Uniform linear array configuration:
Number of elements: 16
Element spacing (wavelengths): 0.75
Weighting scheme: uniform
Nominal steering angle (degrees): -60
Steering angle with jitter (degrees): -60.748
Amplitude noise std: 0.05
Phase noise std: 0.05

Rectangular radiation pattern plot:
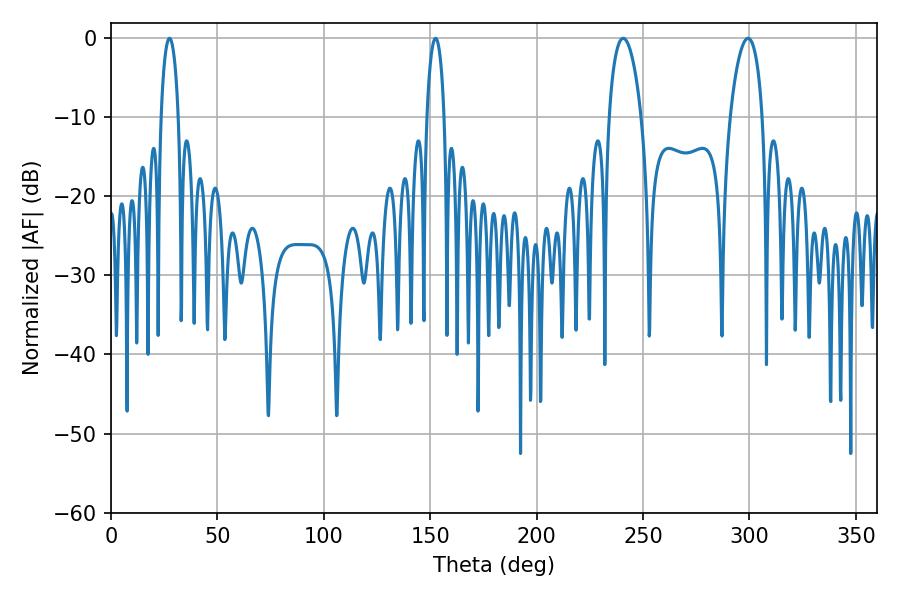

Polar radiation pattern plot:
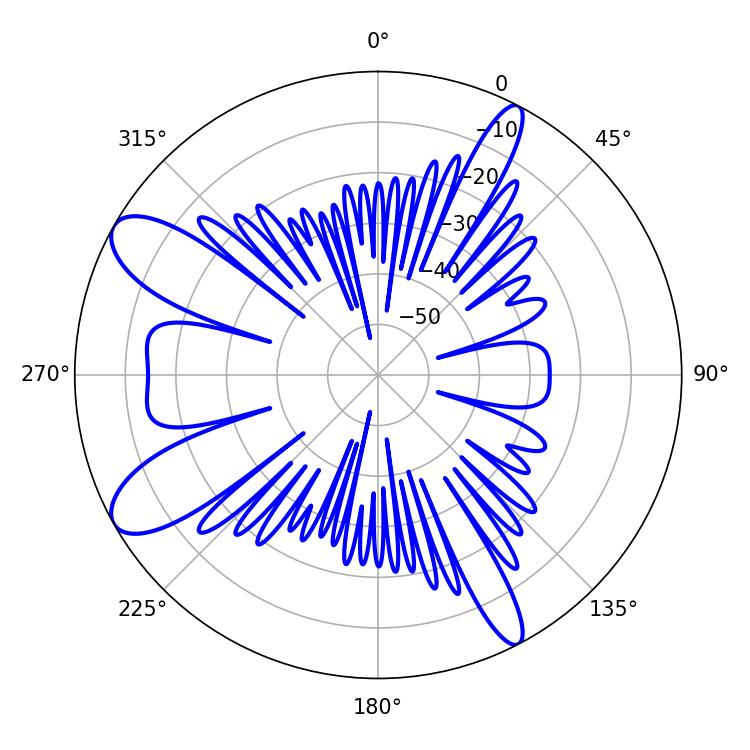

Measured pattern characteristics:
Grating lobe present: TRUE
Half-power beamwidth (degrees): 8.64
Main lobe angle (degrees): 240.66